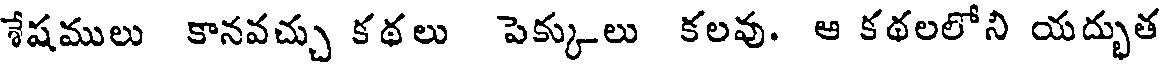
శేషములు కానవచ్చు కథలు పెక్కులు కలవు. ఆ కథలలోని యద్భుత